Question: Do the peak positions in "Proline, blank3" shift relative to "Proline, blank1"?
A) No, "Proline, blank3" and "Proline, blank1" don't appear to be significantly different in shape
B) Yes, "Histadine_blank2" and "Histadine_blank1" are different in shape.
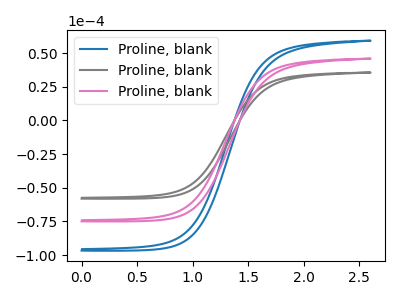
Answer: <think>The blue curve "Proline, blank1" has no peaks. The gray curve "Proline, blank2" has no peaks. The pink curve "Proline, blank3" has no peaks.
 Neither "Proline, blank3" or "Proline, blank1" have any peaks.</think>
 <answer>A) No, "Proline, blank3" and "Proline, blank1" don't appear to be significantly different in shape</answer>
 <eval>A</eval>